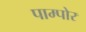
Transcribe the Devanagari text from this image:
पाम्पोर